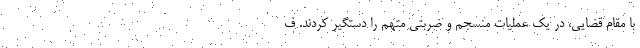
با مقام قضایی، در یک عملیات منسجم و ضربتی متهم را دستگیر کردند. ف